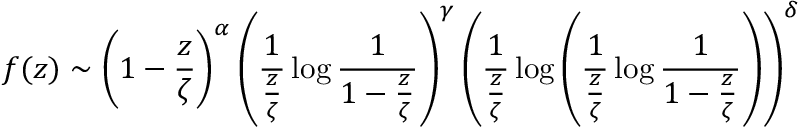
f ( z ) \sim \left( 1 - { \frac { z } { \zeta } } \right) ^ { \alpha } \left( { \frac { 1 } { \frac { z } { \zeta } } } \log { \frac { 1 } { 1 - { \frac { z } { \zeta } } } } \right) ^ { \gamma } \left( { \frac { 1 } { \frac { z } { \zeta } } } \log \left( { \frac { 1 } { \frac { z } { \zeta } } } \log { \frac { 1 } { 1 - { \frac { z } { \zeta } } } } \right) \right) ^ { \delta } \quad